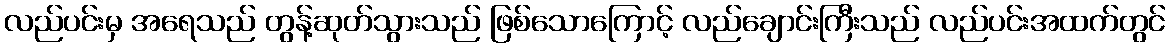
လည်ပင်းမှ အရေသည် တွန့်ဆုတ်သွားသည် ဖြစ်သောကြောင့် လည်ချောင်းကြီးသည် လည်ပင်းအထက်တွင်